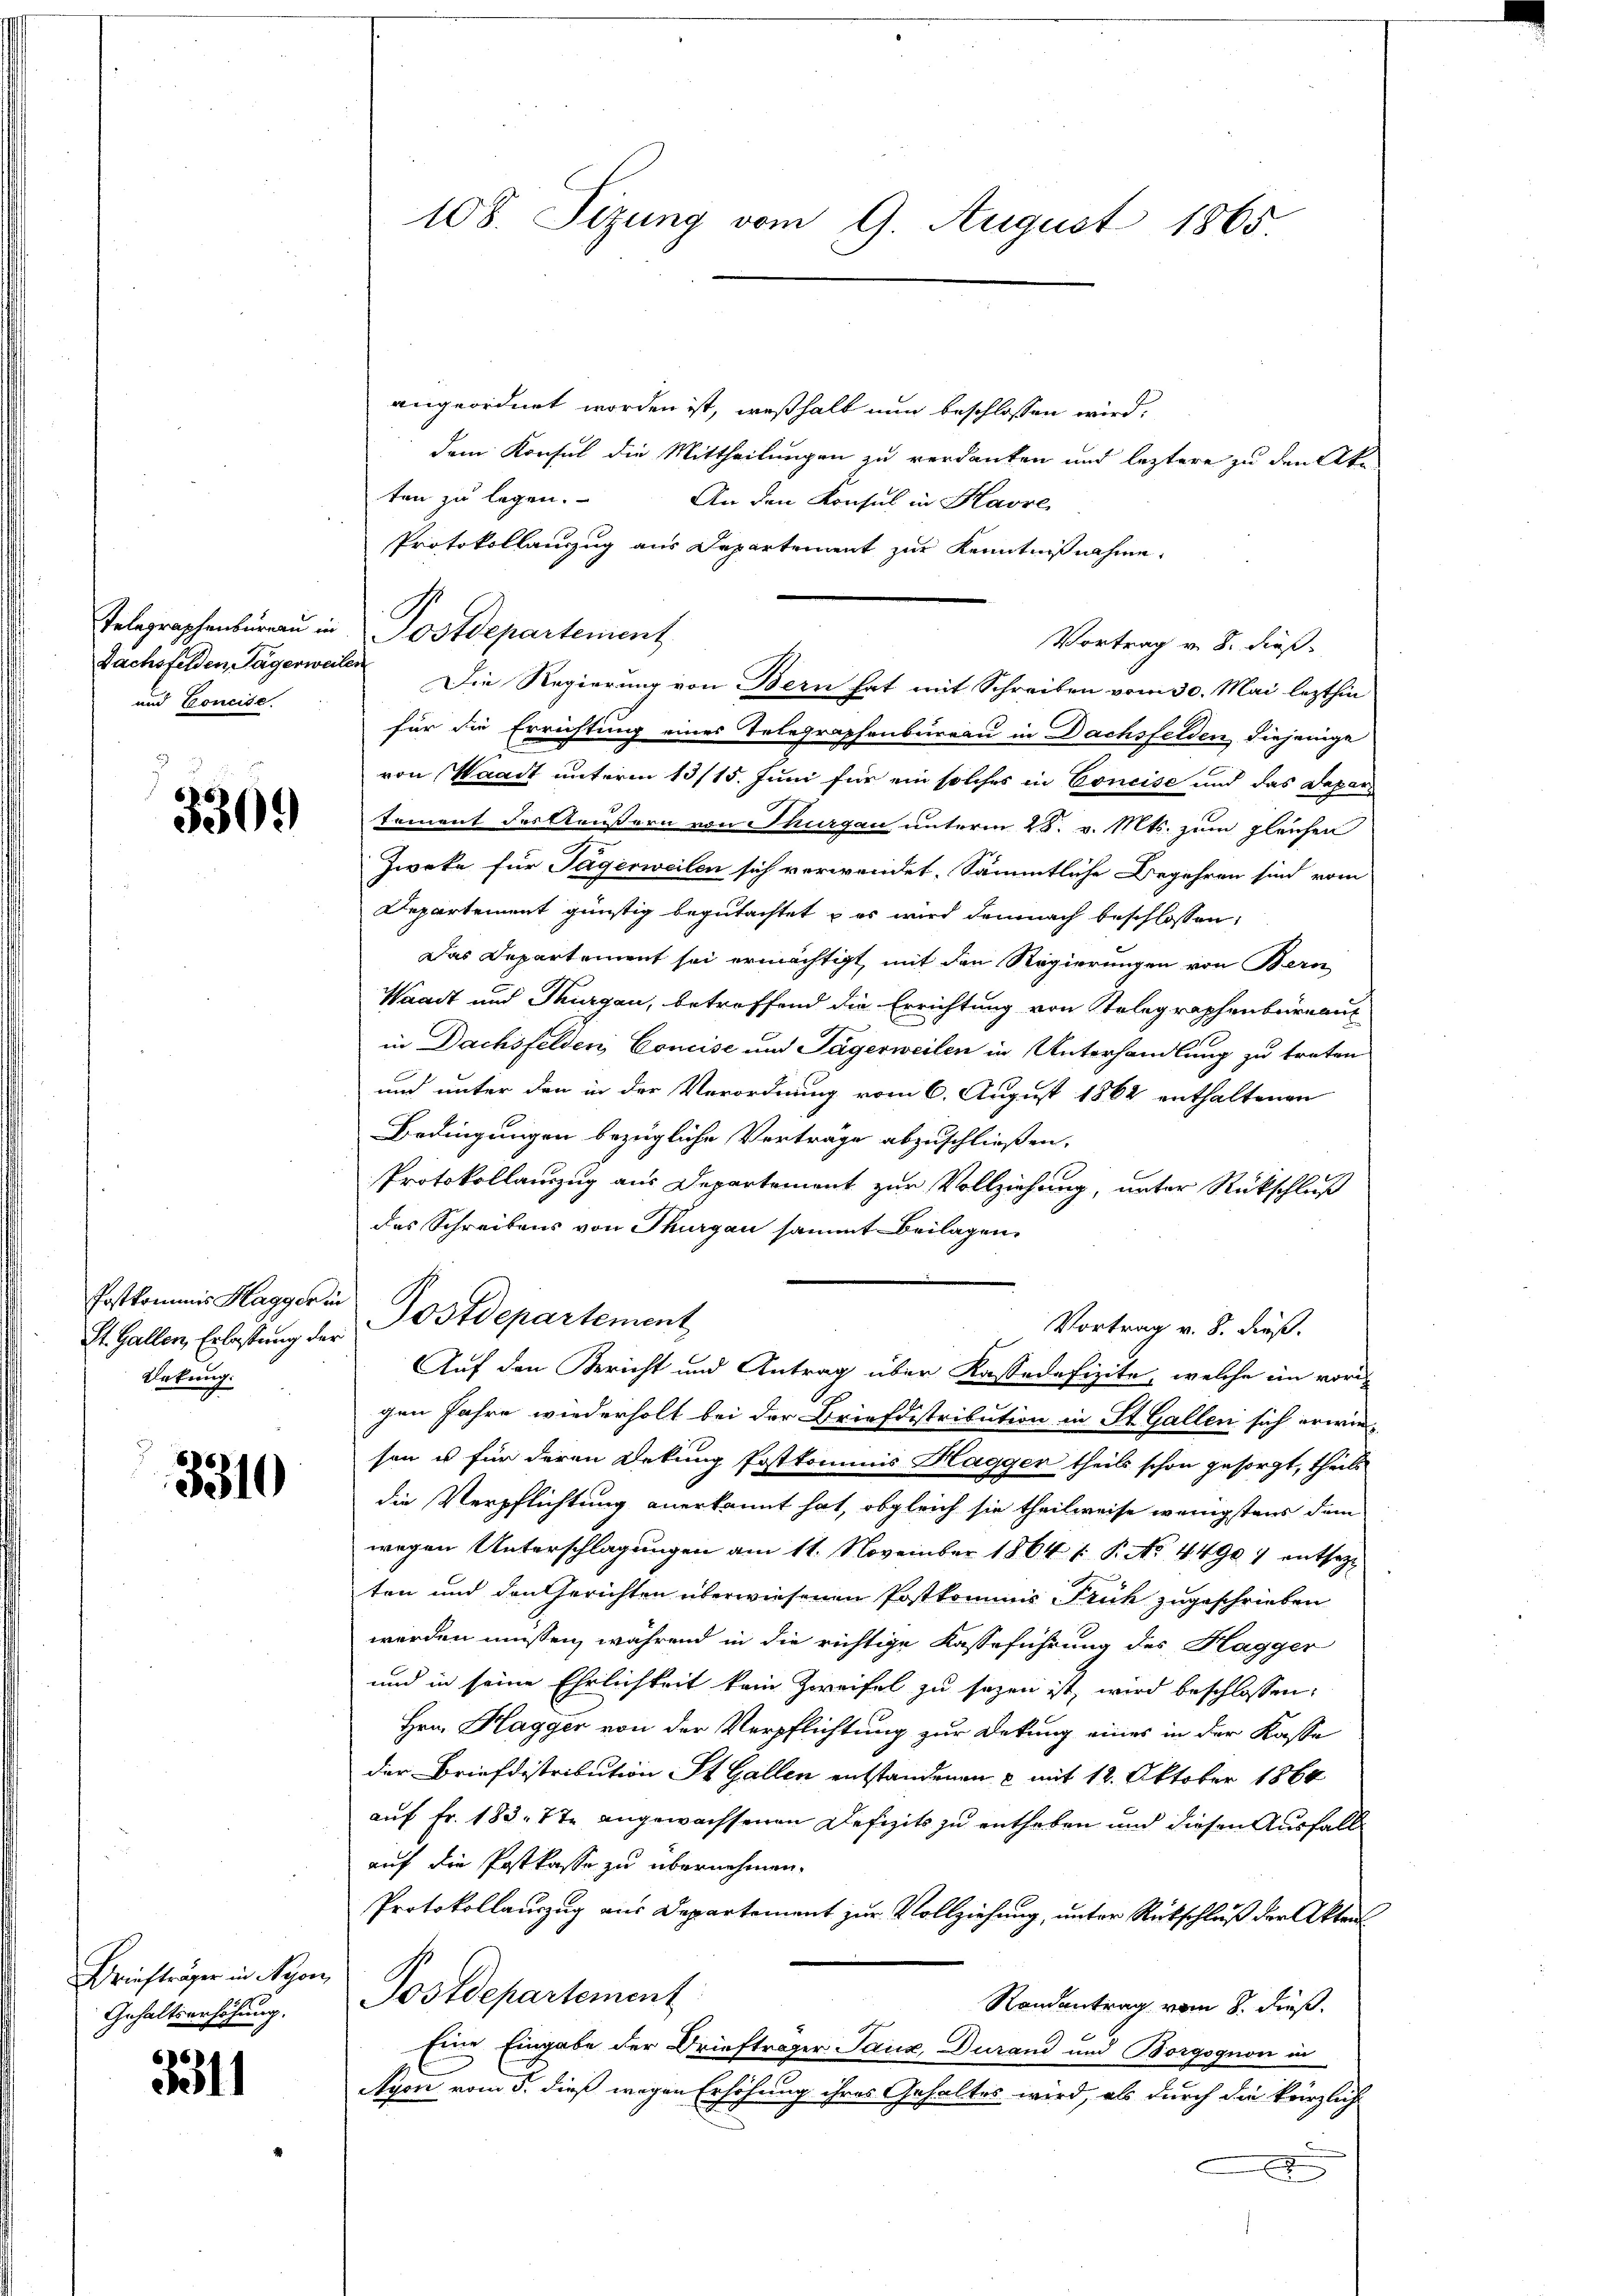
Telegraphenbureau in
und Concise.

3309

Postkommis Hagger in
St. Gallen, Erlassung der
Urkung.

3310

Briefträger in Nyon,
Gehaltserhöhung.

3311

108. Sizung vom 9. August 1865.

angeordnet worden ist, weßhalb nun beschlossen wird,
dem Konsul die Mittheilungen zu verdanken und leztere zu den Akten zu legen. An den Konsul in Havre,
Protokollauszug aus Departement zur Kenntnißnahme,
Vortrag v. 8. dieß.
Dachsfelden, Pagerweilen Die Regierung von Bern hat mit Schreiben vom 30. Mai lezthin
für die Errichtung eines Telegraphenbureau in Dachsfelden diejenige
von Waadt unterm 13/15. Juni für ein solches in Concise und das Depar
tement des Aeußern von Thurgau unterm 28. v. Mts. zum gleichen
Zweke für Jägerweilen sich verwendet. Sämmtliche Begehren sind vom
Departement günstig begutachtet & es wird demnach beschlossen:
Das Departement sei ermächtigt, mit den Regierungen von Bern
Waadt und Thurgau, betroffend die Errichtung von Telegraphenbureaux
in Dachsfelden Concise und Jägerweilen in Unterhandlung zu treten
und unter den in der Verordnung vom 6. August 1862 enthaltenen
Bedingungen bezügliche Verträge abzuschließen.
Protokollanzug aus Departement zur Vollziehung, unter Rückschluß
des Schreibens von Thurgau sammt Beilagen,
Postdepartement
Vortrag v. 8. dieß.
Auf den Bericht und Antrag über Kassadefizite, welche in vorde
gen Jahre wiederholt bei der Briefdistribution in St. Gallen sich erwie-
sen u für deren Dekung Postkommis Hagger theils schon gesorgt, theils
die Verpflichtung anerkannt hat, obgleich sie theilweise wenigstens dem
wegen Unterschlagungen am 11. November 1864 /: P. No. 4490) entsetzten und den Gerichten überwiesenen Postkommis Früh zugeschrieben
werden müssen, während in die richtige Kasseführung des Hagger
und in seine Ehrlichkeit kein Zweifel zu sezen ist, wird beschlossen:
Hrn. Hagger von der Verpflichtung zur Dekung eines in der Kasse
der Briefdistribution St. Gallen entstandenen & mit 12. Oktober 1864
auf Fr. 183. 7te angewachsenen Defizits zu entheben und diesen Ausfall
auf die Postkasse zu übernehmen.
Protokollauszug aus Departement zur Vollziehung, unter Rückschluß der Akten
Postdepartement
Randantrag vom 8. dieß.
Eine Eingabe der Briefträger Tanz, Durand und Borgognon in
Ayon vom 5. dieß wegen Erhöhung ihres Gehaltes wird, als durch die kürzlich
x

Postdepartement